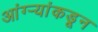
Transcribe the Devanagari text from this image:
आंग्र्‍यांकडून